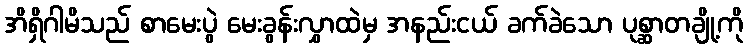
အိရှိဂါမိသည် စာမေးပွဲ မေးခွန်းလွှာထဲမှ အနည်းငယ် ခက်ခဲသော ပုစ္ဆာတချို့ကို